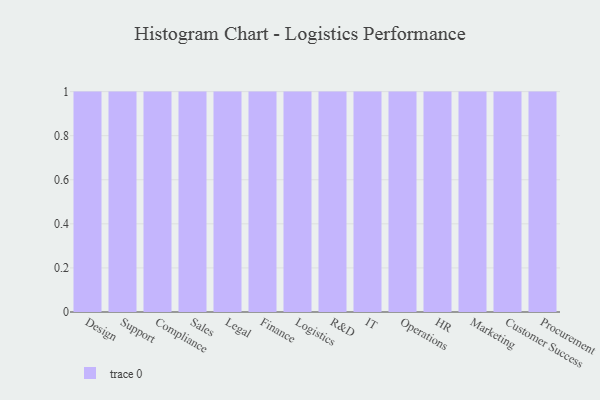
{"axis": {"x": "Department", "y": "Population (Million)"}, "legend": [""], "data": [{"x": "Design", "y": 33, "type": ""}, {"x": "Support", "y": 49, "type": ""}, {"x": "Compliance", "y": 50, "type": ""}, {"x": "Sales", "y": 41, "type": ""}, {"x": "Legal", "y": 54, "type": ""}, {"x": "Finance", "y": 37, "type": ""}, {"x": "Logistics", "y": 27, "type": ""}, {"x": "R&D", "y": 97, "type": ""}, {"x": "IT", "y": 89, "type": ""}, {"x": "Operations", "y": 79, "type": ""}, {"x": "HR", "y": 8, "type": ""}, {"x": "Marketing", "y": 47, "type": ""}, {"x": "Customer Success", "y": 8, "type": ""}, {"x": "Procurement", "y": 33, "type": ""}]}